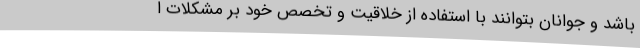
باشد و جوانان بتوانند با استفاده از خلاقیت و تخصص خود بر مشکلات ا